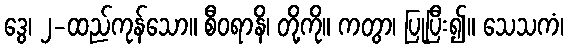
ဒွေ၊ ၂-ထည်ကုန်သော။ စီဝရာနိ၊ တို့ကို။ ကတွာ၊ ပြုပြီး၍။ သေသကံ၊